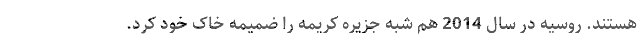
هستند. روسیه در سال 2014 هم شبه جزیره کریمه را ضمیمه خاک خود کرد.